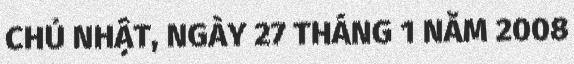
CHỦ NHẬT, NGÀY 27 THÁNG 1 NĂM 2008